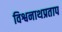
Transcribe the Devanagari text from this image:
विश्वनाथप्रताप